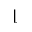
\lfloor